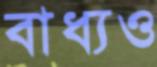
বাধ্যও